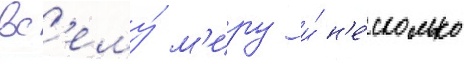
вс'ему́ м'иру и́ н'е́сколько